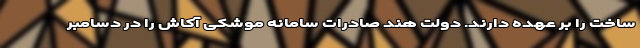
ساخت را بر عهده دارند. دولت هند صادرات سامانه موشکی آکاش را در دسامبر